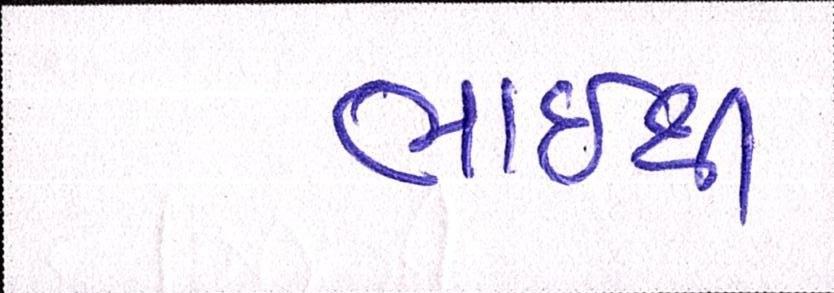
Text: ભાઇથી